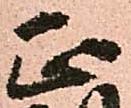
正